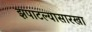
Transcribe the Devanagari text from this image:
झपाटल्यासारखा